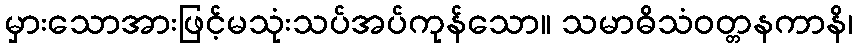
မှားသောအားဖြင့်မသုံးသပ်အပ်ကုန်သော။ သမာဓိသံဝတ္တနကာနိ၊